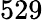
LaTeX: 529